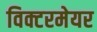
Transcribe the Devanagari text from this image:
विक्टरमेयर